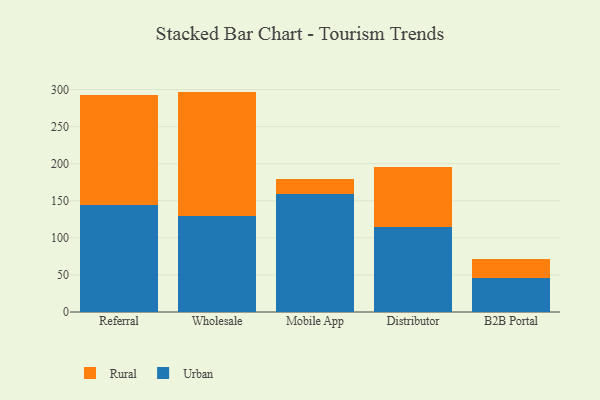
{"axis": {"x": "Channel", "y": "Satisfaction Score"}, "legend": ["Rural", "Urban"], "data": [{"x": "Referral", "y": 143.7, "type": "Urban"}, {"x": "Referral", "y": 148.8, "type": "Rural"}, {"x": "Wholesale", "y": 130.0, "type": "Urban"}, {"x": "Wholesale", "y": 167.2, "type": "Rural"}, {"x": "Mobile App", "y": 158.7, "type": "Urban"}, {"x": "Mobile App", "y": 21.1, "type": "Rural"}, {"x": "Distributor", "y": 114.9, "type": "Urban"}, {"x": "Distributor", "y": 80.0, "type": "Rural"}, {"x": "B2B Portal", "y": 45.4, "type": "Urban"}, {"x": "B2B Portal", "y": 25.6, "type": "Rural"}]}